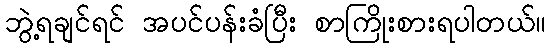
ဘွဲ့ရချင်ရင် အပင်ပန်းခံပြီး စာကြိုးစားရပါတယ်။